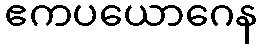
ဧကပယောဂေန